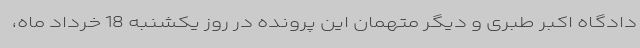
دادگاه اکبر طبری و دیگر متهمان این پرونده در روز یکشنبه 18 خرداد ماه،